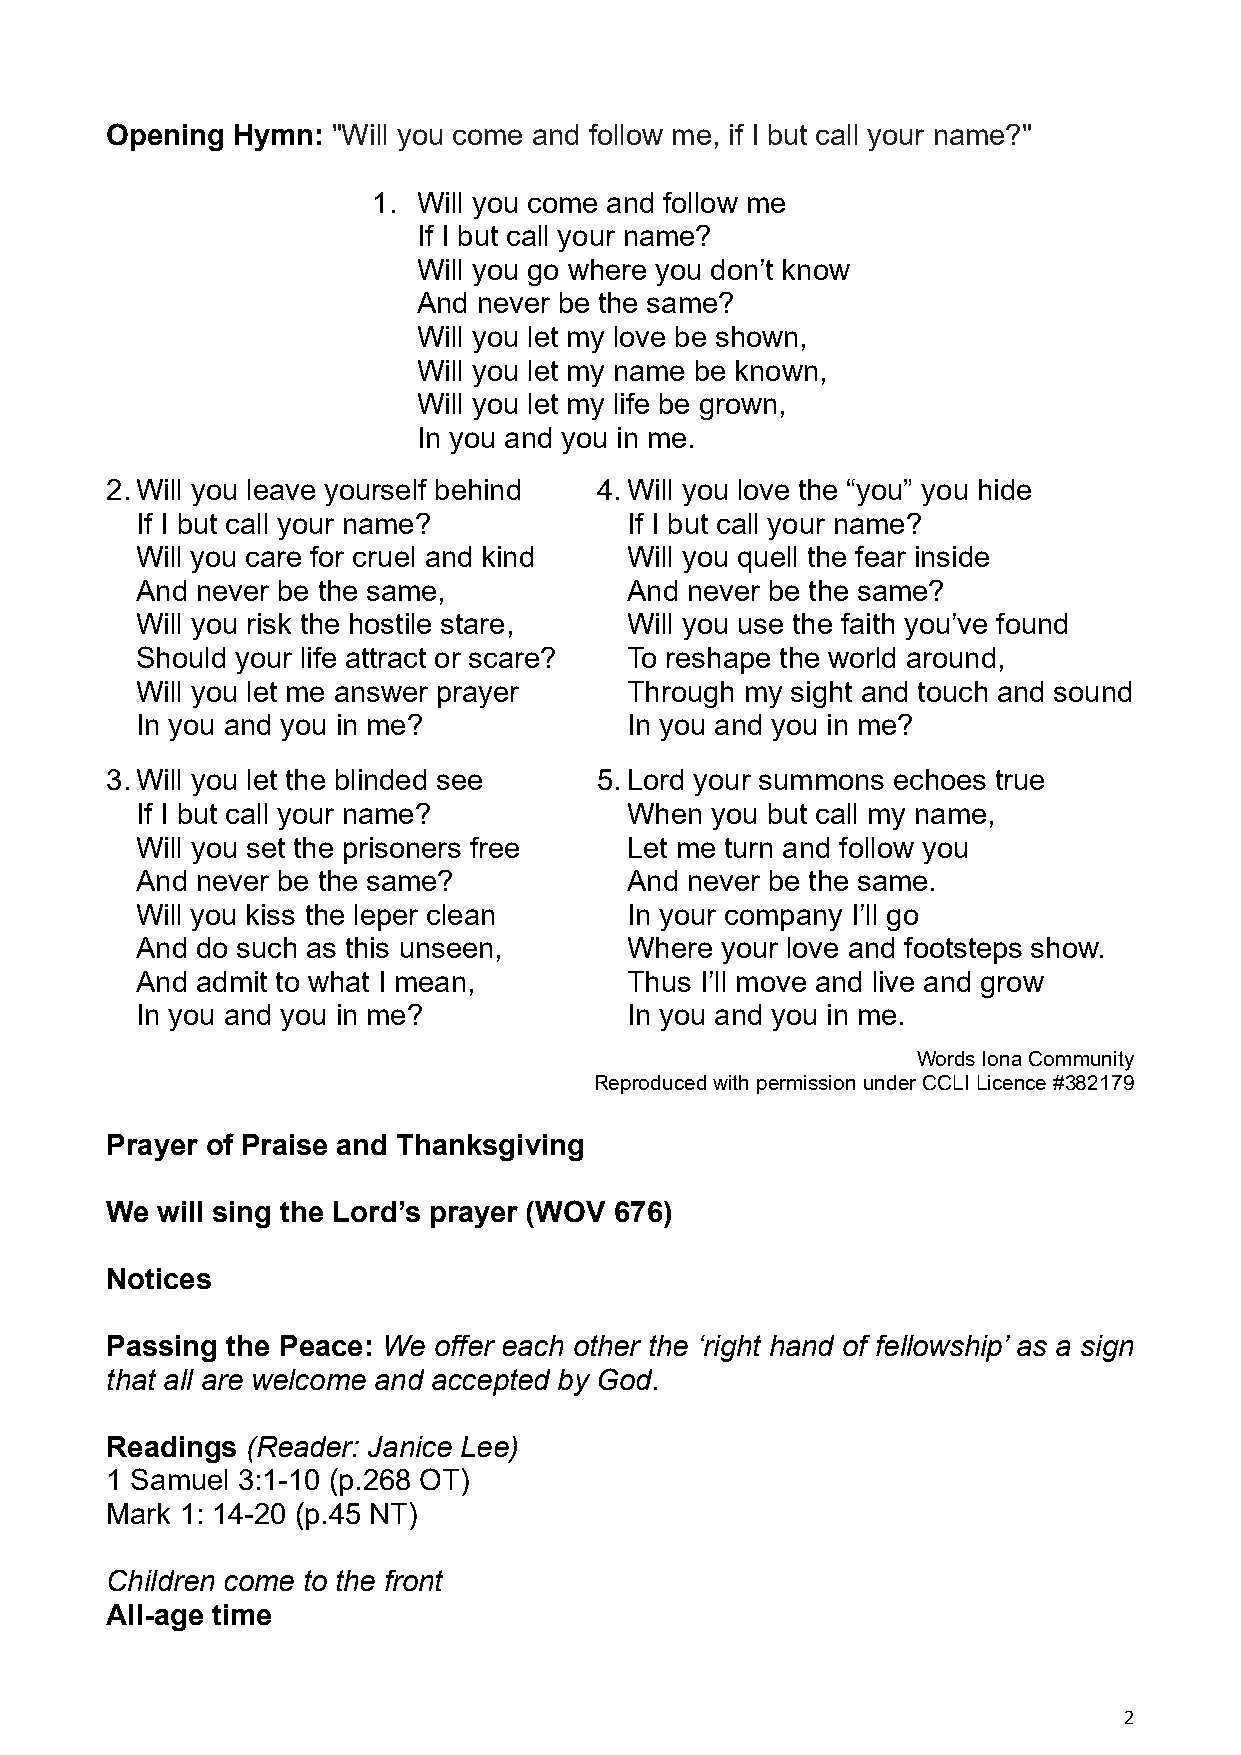
Opening Hymn:  "Will you come and follow me, if I but call your name?"
 1. Will you come and follow me
 If I but call your name?
 Will you go where you don’t know
 And never be the same?
 Will you let my love be shown,
 Will you let my name be known,
 Will you let my life be grown,
 In you and you in me.
 2. Will you leave yourself behind 4. Will you love the “you” you hide
 If I but call your name?        If I but call your name?
 Will you care for cruel and kind Will you quell the fear inside
 And never be the same,          And never be the same?
 Will you risk the hostile stare, Will you use the faith you’ve found
 Should your life attract or scare? To reshape the world around,
 Will you let me answer prayer   Through my sight and touch and sound
 In you and you in me?           In you and you in me?
 3. Will you let the blinded see  5. Lord your summons echoes true
 If I but call your name?        When  you but call my name,
 Will you set the prisoners free Let me turn and follow you
 And never be the same?          And never be the same.
 Will you kiss the leper clean   In your company I’ll go
 And do such as this unseen,     Where  your love and footsteps show.
 And admit to what I mean,       Thus I’ll move and live and grow
 In you and you in me?           In you and you in me.
 Words Iona Community
 Reproduced with permission under CCLI Licence #382179
 Prayer of Praise and Thanksgiving
 We will sing the Lord’s prayer (WOV 676)
 Notices
 Passing the Peace: We offer each other the ‘right hand of fellowship’ as a sign
 that all are welcome and accepted by God.
 Readings (Reader: Janice Lee)
 1 Samuel 3:1-10 (p.268 OT)
 Mark 1: 14-20 (p.45 NT)
 Children come to the front
 All-age time
 2